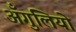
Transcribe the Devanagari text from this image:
अँगुलियो